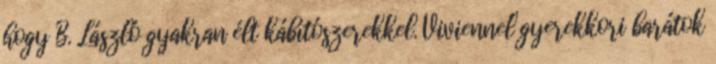
hogy B. László gyakran élt kábítószerekkel. Viviennel gyerekkori barátok